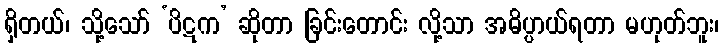
ရှိတယ်၊ သို့သော် ‘ပိဋက’ ဆိုတာ ခြင်းတောင်း လို့သာ အဓိပ္ပာယ်ရတာ မဟုတ်ဘူး၊